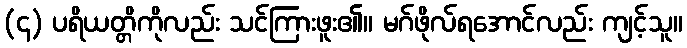
(၄) ပရိယတ္တိကိုလည်း သင်ကြားဖူး၏။ မဂ်ဖိုလ်ရအောင်လည်း ကျင့်သူ။